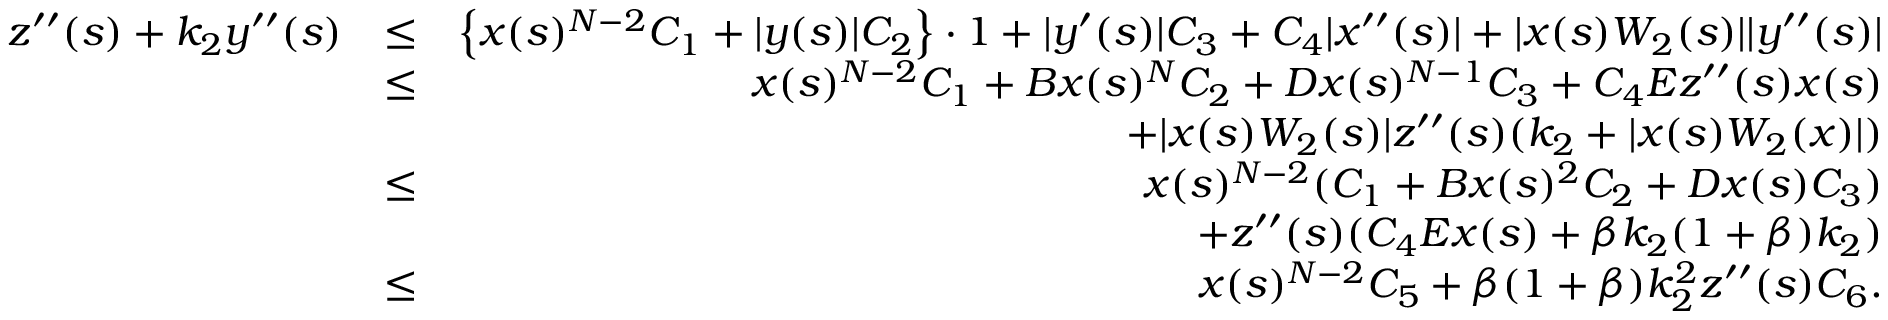
\begin{array} { r l r } { z ^ { \prime \prime } ( s ) + k _ { 2 } y ^ { \prime \prime } ( s ) } & { \leq } & { \left\{ x ( s ) ^ { N - 2 } C _ { 1 } + | y ( s ) | C _ { 2 } \right\} \cdot 1 + | y ^ { \prime } ( s ) | C _ { 3 } + C _ { 4 } | x ^ { \prime \prime } ( s ) | + | x ( s ) W _ { 2 } ( s ) | | y ^ { \prime \prime } ( s ) | } \\ & { \leq } & { x ( s ) ^ { N - 2 } C _ { 1 } + B x ( s ) ^ { N } C _ { 2 } + D x ( s ) ^ { N - 1 } C _ { 3 } + C _ { 4 } E z ^ { \prime \prime } ( s ) x ( s ) } \\ & { } & { + | x ( s ) W _ { 2 } ( s ) | z ^ { \prime \prime } ( s ) ( k _ { 2 } + | x ( s ) W _ { 2 } ( x ) | ) } \\ & { \leq } & { x ( s ) ^ { N - 2 } ( C _ { 1 } + B x ( s ) ^ { 2 } C _ { 2 } + D x ( s ) C _ { 3 } ) } \\ & { } & { + z ^ { \prime \prime } ( s ) ( C _ { 4 } E x ( s ) + \beta k _ { 2 } ( 1 + \beta ) k _ { 2 } ) } \\ & { \leq } & { x ( s ) ^ { N - 2 } C _ { 5 } + \beta ( 1 + \beta ) k _ { 2 } ^ { 2 } z ^ { \prime \prime } ( s ) C _ { 6 } . } \end{array}